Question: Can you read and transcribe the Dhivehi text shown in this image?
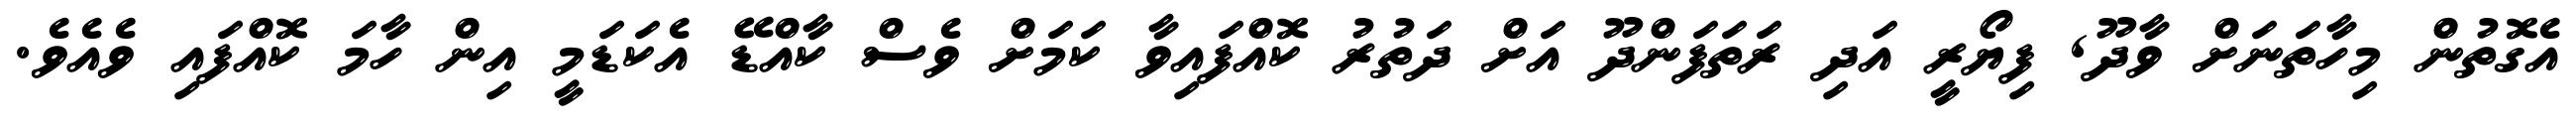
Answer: އެގޮތުން މިހާތަނަށް ވާދޫ, ފިޔޯރީ އަދި ރަތަފަންދޫ އަށް ދަތުރު ކޮއްފައިވާ ކަމަށް ވެސް ކާއްޑޭ އެކަޑަމީ އިން ހާމަ ކޮއްފައި ވެއެވެ.